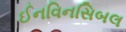
ઈનવિનસિબલ